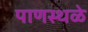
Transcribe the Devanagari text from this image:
पाणस्थळे